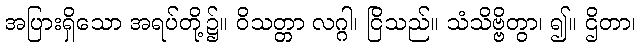
အပြားရှိသော အရပ်တို့၌။ ဝိသတ္တာ လဂ္ဂါ၊ ငြိသည်။ သံသိဗ္ဗိတွာ၊ ၍။ ဌိတာ၊